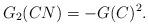
LaTeX: \begin{align*}G_2(CN) = - G(C)^2.\end{align*}